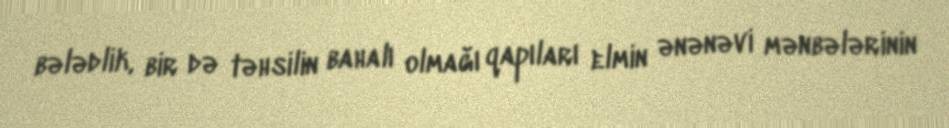
bələdlik, bir də təhsilin bahalı olmağı qapıları elmin ənənəvi mənbələrinin